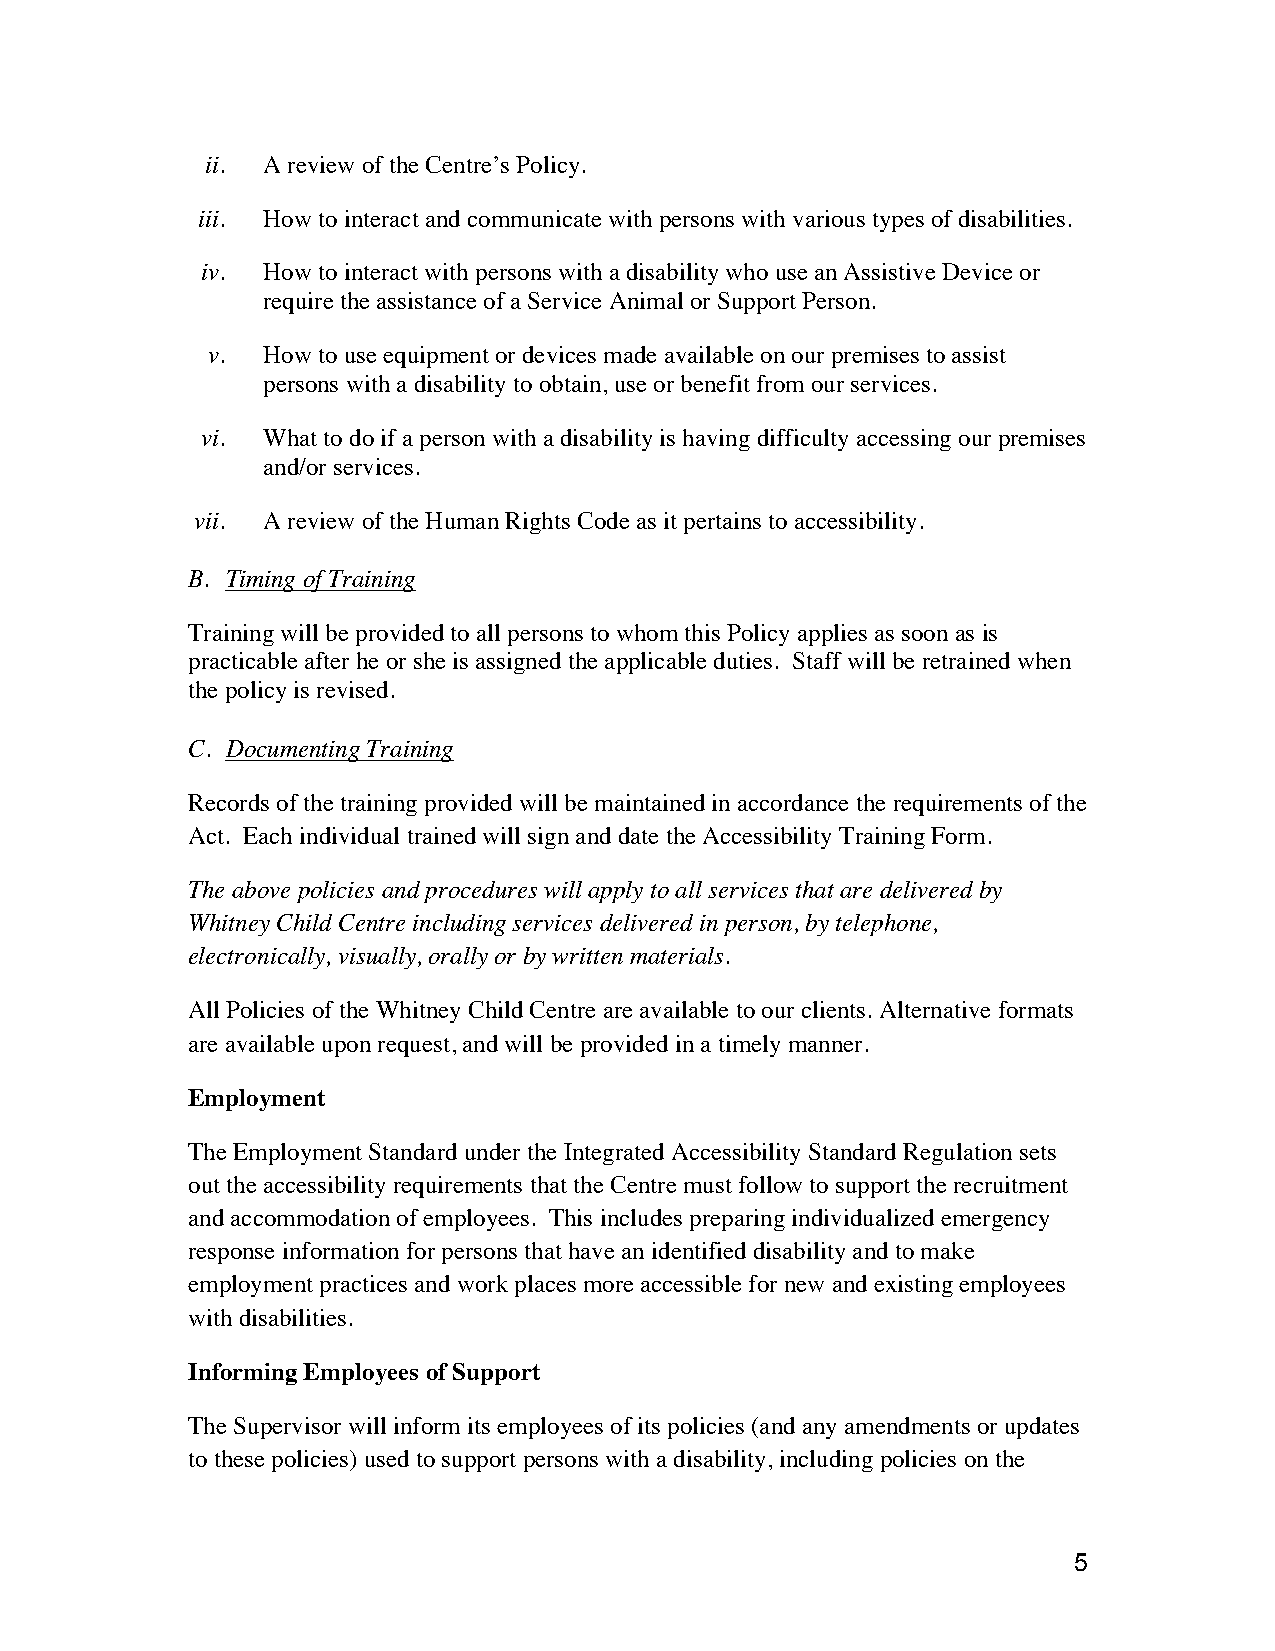
ii. A review of the Centre’s Policy.
 iii. How to interact and communicate with persons with various types of disabilities.
 iv. How to interact with persons with a disability who use an Assistive Device or
 require the assistance of a Service Animal or Support Person.
 v. How to use equipment or devices made available on our premises to assist
 persons with a disability to obtain, use or benefit from our services.
 vi. What to do if a person with a disability is having difficulty accessing our premises
 and/or services.
 vii. A review of the Human Rights Code as it pertains to accessibility.
 B. Timing of Training
 Training will be provided to all persons to whom this Policy applies as soon as is
 practicable after he or she is assigned the applicable duties. Staff will be retrained when
 the policy is revised.
 C. Documenting Training
 Records of the training provided will be maintained in accordance the requirements of the
 Act. Each individual trained will sign and date the Accessibility Training Form.
 The above policies and procedures will apply to all services that are delivered by
 Whitney Child Centre including services delivered in person, by telephone,
 electronically, visually, orally or by written materials.
 All Policies of the Whitney Child Centre are available to our clients. Alternative formats
 are available upon request, and will be provided in a timely manner.
 Employment
 The Employment Standard under the Integrated Accessibility Standard Regulation sets
 out the accessibility requirements that the Centre must follow to support the recruitment
 and accommodation of employees. This includes preparing individualized emergency
 response information for persons that have an identified disability and to make
 employment practices and work places more accessible for new and existing employees
 with disabilities.
 Informing Employees of Support
 The Supervisor will inform its employees of its policies (and any amendments or updates
 to these policies) used to support persons with a disability, including policies on the
 5